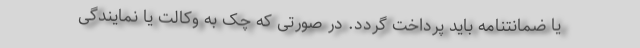
یا ضمانتنامه باید پرداخت گردد. در صورتی که چک به وکالت یا نمایندگی